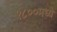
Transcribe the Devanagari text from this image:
१८००मध्ये